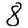
Digit: 8